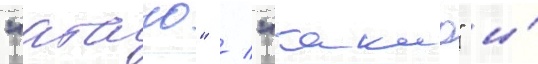
"атаго" / "такао" и́